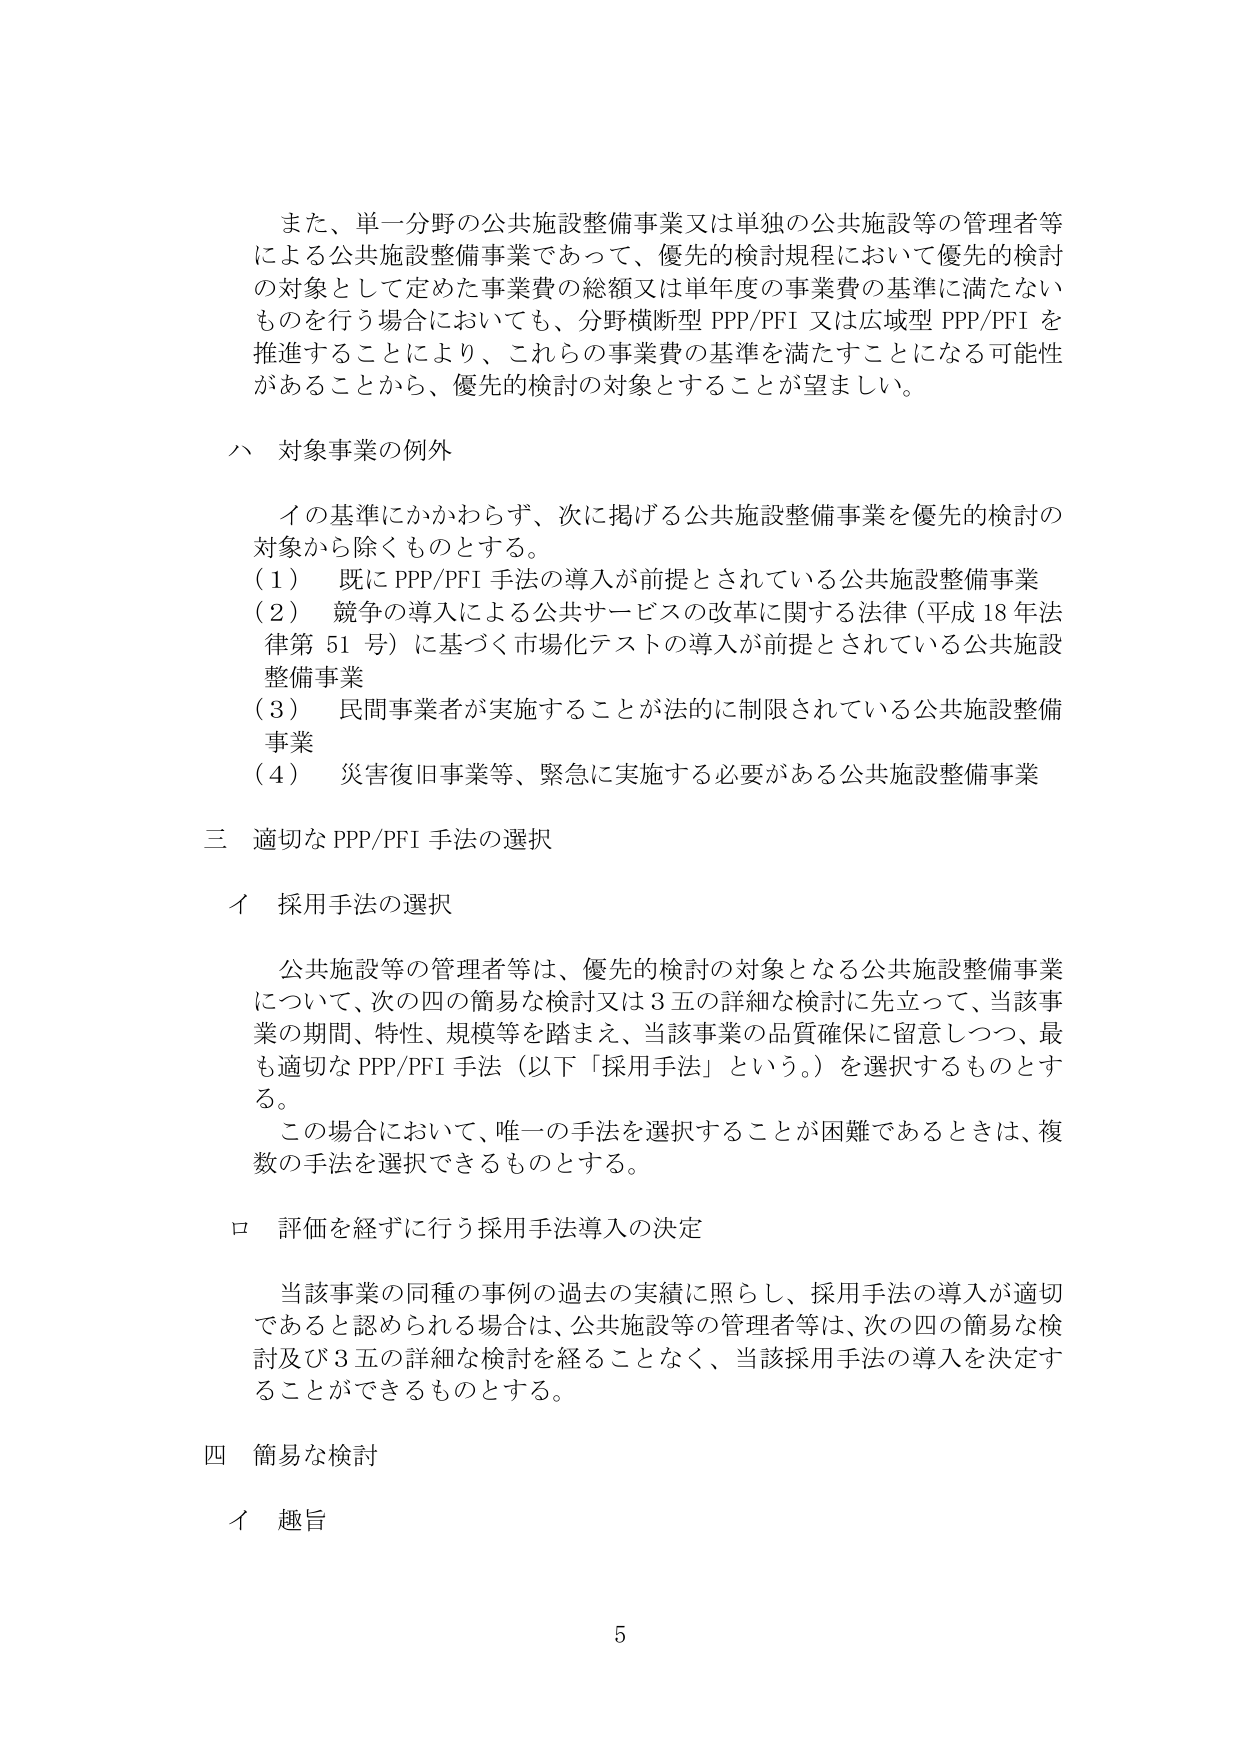
また、単一分野の公共施設整備事業又は単独の公共施設等の管理者等による公共施設整備事業であって、優先的検討規程において優先的検討の対象として定めた事業費の総額又は単年度の事業費の基準に満たないものを行う場合においても、分野横断型 PPP/PFI 又は広域型 PPP/PFI を推進することにより、これらの事業費の基準を満たすことになる可能性があることから、優先的検討の対象とすることが望ましい。

ハ 対象事業の例外

イの基準にかかわらず、次に掲げる公共施設整備事業を優先的検討の対象から除くものとする。
（1） 既に PPP/PFI 手法の導入が前提とされている公共施設整備事業
（2） 競争の導入による公共サービスの改革に関する法律（平成 18 年法律第 51 号）に基づく市場化テストの導入が前提とされている公共施設整備事業
（3） 民間事業者が実施することが法的に制限されている公共施設整備事業
（4） 災害復旧事業等、緊急に実施する必要がある公共施設整備事業

三 適切な PPP/PFI 手法の選択

イ 採用手法の選択

公共施設等の管理者等は、優先的検討の対象となる公共施設整備事業について、次の四の簡易な検討又は３五の詳細な検討に先立って、当該事業の期間、特性、規模等を踏まえ、当該事業の品質確保に留意しつつ、最も適切な PPP/PFI 手法（以下「採用手法」という。）を選択するものとする。
この場合において、唯一の手法を選択することが困難であるときは、複数の手法を選択できるものとする。

ロ 評価を経ずに行う採用手法導入の決定

当該事業の同種の事例の過去の実績に照らし、採用手法の導入が適切であると認められる場合は、公共施設等の管理者等は、次の四の簡易な検討及び３五の詳細な検討を経ることなく、当該採用手法の導入を決定することができるものとする。

四 簡易な検討

イ 趣旨

5